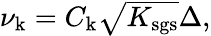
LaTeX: \begin{array}{r}{\nu_{\mathrm{k}}=C_{\mathrm{k}}\sqrt{K_{\mathrm{sgs}}}\Delta,}\end{array}